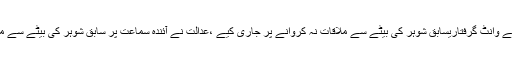
فیملی کورٹ نے فضہ بتول کے وانٹ گرفتاریسابق شوہر کی بیٹے سے ملاقات نہ کروانے پر جاری کیے ،عدالت نے آئندہ سماعت پر سابق شوہر کی بیٹے سے ملاقات کرانے کا بھی حکم دیا۔